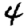
Digit: 4